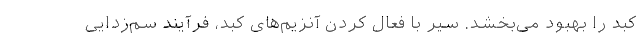
کبد را بهبود می‌بخشد. سیر با فعال کردن آنزیم‌های کبد، فرآیند سم‌زدایی